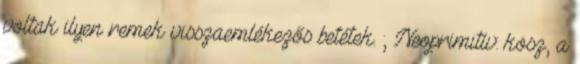
voltak ilyen remek visszaemlékezős betétek. ; Neoprimitív: kösz, a